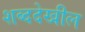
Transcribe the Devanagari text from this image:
शब्ददेखील